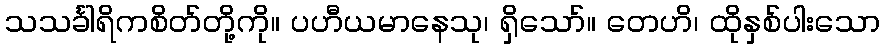
သသင်္ခါရိကစိတ်တို့ကို။ ပဟီယမာနေသု၊ ရှိသော်။ တေဟိ၊ ထိုနှစ်ပါးသော